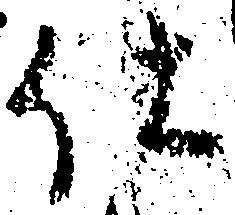
仕